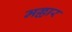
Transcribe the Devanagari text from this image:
मल्लार